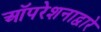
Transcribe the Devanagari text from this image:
ऑपरेशनाद्वारे